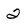
Character: 2